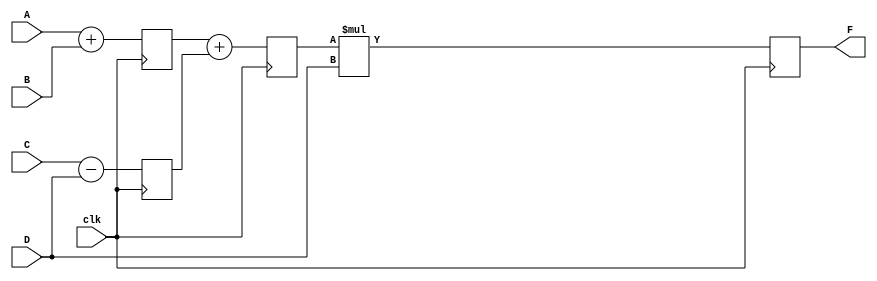
module pipe_ex (F ,A , B, C ,D ,clk );
parameter N=10;

input [N-1:0] A,B,C,D;
input clk;
output [N-1:0]F;
reg [N-1:0] L12_x1 , L12_x2 , L12_D , L23_x3 , L23_D ,L34_F;

assign F=L34_F;

always @(posedge clk)       //stage1
begin
L12_x1 <=#4 A+B;
L12_x2 <=#4 C-D;
L12_D <=D;
end

always @(posedge clk)         //stage2
begin
L23_x3 <=#4 L12_x1 + L12_x2;
L23_D <= L12_D;
end

always @(posedge clk)         //stage3
L34_F <= #6 L23_x3 * D;

endmodule